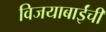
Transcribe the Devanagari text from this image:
विजयाबाईंची